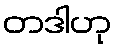
တဒါဟု